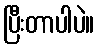
ပြီးတာပါပဲ။